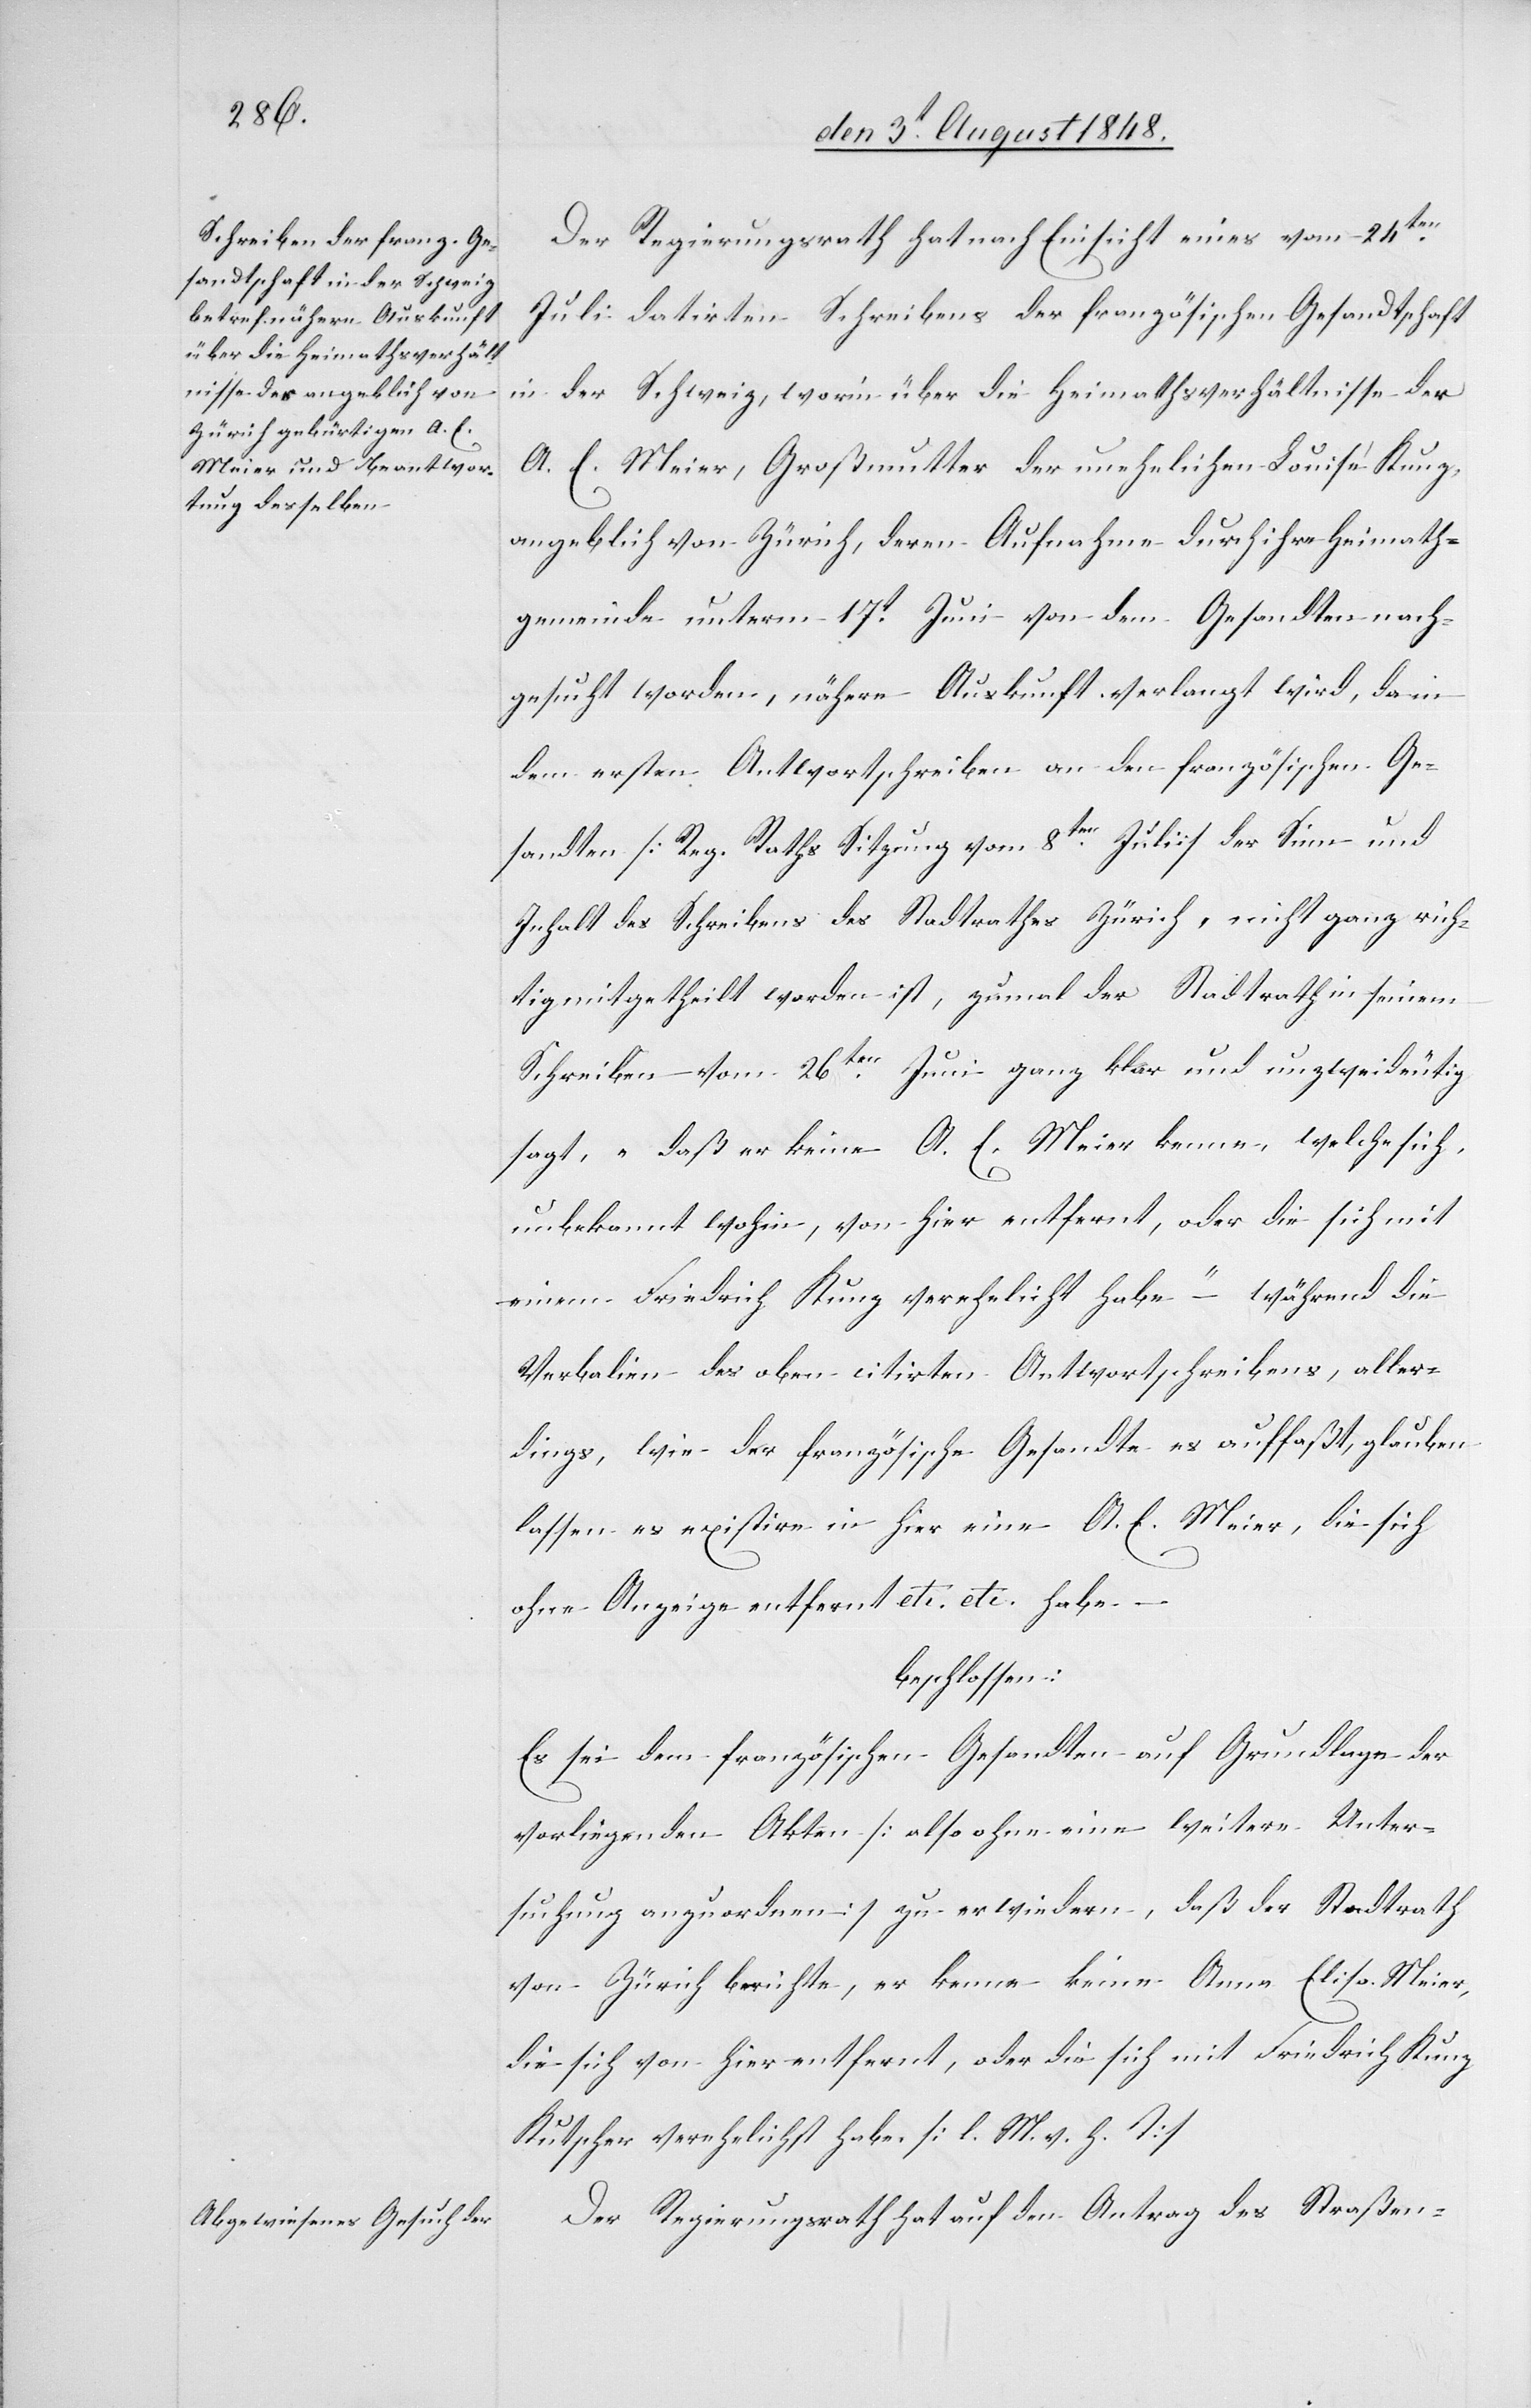
Der Regierungsrath hat nach Einsicht eines vom 24ten
Juli datirten Schreibens der französischen Gesandtschaft
in der Schweiz, worin über die Heimathsverhältnisse der
A. E. Meyer, Großmutter der unehelichen Louise Kunz,
angeblich von Zürich, deren Aufnahme durch ihre Heimath¬
gemeinde unterm 17t Juni von dem Gesandten nach¬
gesucht worden, nähere Auskunft verlangt wird, da in
dem ersten Antwortschreiben an den französischen Ge¬
sandten [Reg. Rathes Sitzung vom 8ten Juli] der Sinn und
Inhalt des Schreibens des Stadtrathes Zürich, nicht ganz rich¬
tig mitgetheilt worden ist, zumal der Stadtrath in seinem
Schreiben vom 26ten Juni ganz klar und unzweideutig
sagt, „daß er keine A. E. Meier kenne, welche sich,
unbekannt wohin, von hier entfernt, oder die sich mit
einem Friedrich Kunz verehelicht habe“ während die
Verbalien des oben citirten Antwortschreibens, aller¬
dings, wie der französische Gesandte es auffaßt, glauben
lassen es existire in hier eine A. E. Meier, die sich
ohne Anzeige entfernt etc. etc. habe.
beschlossen:
Es sei dem französischen Gesandten auf Grundlage der
vorliegenden Akten [also ohne eine weitere Unter¬
suchung anzuordnen] zu erwiedern, daß der Stadtrath
von Zürich berichte, er kenne keine Anna Elisa Meier,
die sich von hier entfernt, oder die sich mit Friedrich Kunz
Kutscher verehelicht habe. [l. M. v. h. T]
Der Regierungsrath hat auf den Antrag des Straßen-